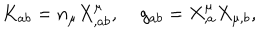
K _ { a b } = n _ { \mu } X _ { , a b } ^ { \mu } , \; g _ { a b } = X _ { , a } ^ { \mu } X _ { \mu , b } ,